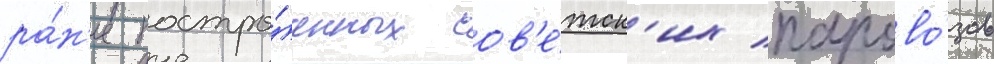
ра́н'ее постро́енных сов'е́тск'их парово́зов